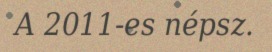
A 2011-es népsz.